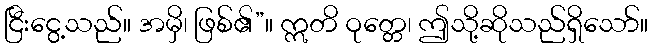
ငြီးငွေ့သည်။ အမှိ၊ ဖြစ်၏”။ ဣတိ ဝုတ္တေ၊ ဤသို့ဆိုသည်ရှိသော်။